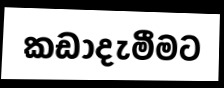
කඩාදැමීමට